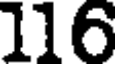
116